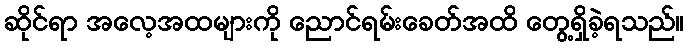
ဆိုင်ရာ အလေ့အထများကို ညောင်ရမ်းခေတ်အထိ တွေ့ရှိခဲ့ရသည်။